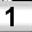
Digit: 1